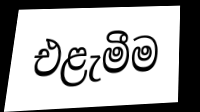
එළැමීම